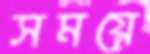
সময়ে